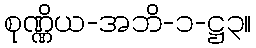
စုဏ္ဏိယ-အဘိ-၁-ဋ္ဌ၃။